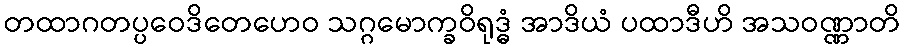
တထာဂတပ္ပဝေဒိတေဟေဝ သဂ္ဂမောက္ခဝိရုဒ္ဓံ အာဒိယံ ပထာဒီဟိ အသဝဏ္ဏာတိ